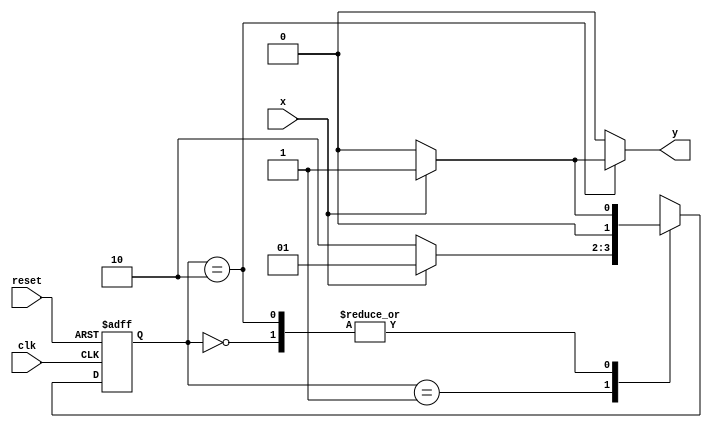
// ---------------------
// guia10_01 - Mealy - FSM capaz de reconhecer uma sequncia (010)
// Nome: Anderson Belchior de Carvalho
// ---------------------

//----------------------------------------
// -- Exercicio 01
//----------------------------------------
// --- Mealy FSM, com sequencia : 010
//----------------------------------------

// constant definitions
`define found    1
`define notfound 0

// FSM by Mealy
module ex1_seq010_mealy ( y, x, clk, reset );

	output y;
	input  x;
	input  clk;
	input  reset;

	reg    y;

	parameter         // state identifiers 
		start  = 2'b00,
		id0    = 2'b01,
		id01   = 2'b10;

	reg [1:0] E1;	// current state variables
	reg [1:0] E2;	// next state logic output

	// next state logic
   always @( x or E1 )
		begin
		y = `notfound;
		
		case ( E1 )
			start:
				if ( x )
					E2 = id0;
				else
					E2 = start;
				
			id0:
				if ( x )
					E2 = id0;
				else
					E2 = id01;

			id01:
				if ( x )
				begin
					E2 =  id0;
					y  = `found;
				end
				else
				begin
					E2 =  start;
					y  = `notfound;
				end
	 
			default:   // undefined state
				E2 =  2'bxx;
		endcase
	  
		end // always at signal or state changing
		
	// state variables
		always @( posedge clk or negedge reset )
		begin
			if ( reset )
				E1 = E2;    // updates current state
			else
				E1 = 0;     // reset
		end // always at signal changing

endmodule // fim ex1_seq010_mealy

//--------------------------
// -- test ex01
//--------------------------

module testex1;
	
	reg   clk, reset, x;
	wire  m1;

	ex1_seq010_mealy M1( m1, x, clk, reset );

	initial
	begin
		$display("Guia10_01 - Anderson Belchior de Carvalho - 396673");
		$display("\n Time \t\t\tX  \t\t\t Seq 010" );

	// initial values
       clk   = 1;
       reset = 0;
       x     = 0;

	// input signal changing
		#10   reset = 1;
		#10  x = 1;
		#10  x = 0;
		#10  x = 0;
		#10  x = 1;
		#10  x = 0;
		#10  x = 1;
		#10  x = 1;
		#10  x = 1;
		#10  x = 1;
		#10  x = 0;
		#10  x = 1;
		#10  x = 1;
		#10  x = 1;
		#10  x = 0;
		#10  x = 1;
		#10  x = 0;
		#10  x = 0;
		#10  x = 0;
		
		#5 $finish;
	
	end // initial

	always
		#5 clk = ~clk;

	always @( posedge clk )
	begin
		$display ( "%4d \t\t \t%b\t\t\t    %b", $time, x, m1);
	end // always at positive edge clocking changing

endmodule //  fim testex1